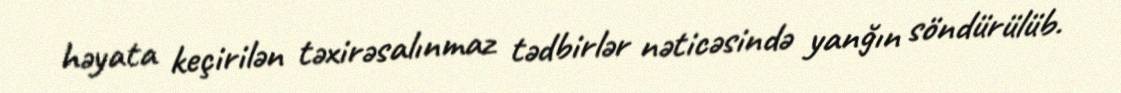
həyata keçirilən təxirəsalınmaz tədbirlər nəticəsində yanğın söndürülüb.